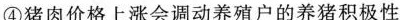
④猪肉价格上涨会调动养殖户的养猪积极性